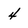
Character: 4